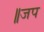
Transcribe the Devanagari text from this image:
॥जप